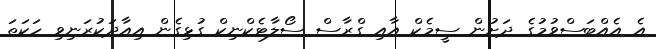
އެ އެއްބަސްވުމުގެ ދަށުން ސީމެކް އާއި ގްރާސް ސޯލާޓެކްނިކް ގުޅިގެން އިއާދަކުރަނިވި ހަކަތަ